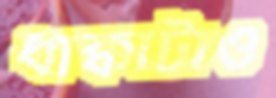
ধাক্কাটাও